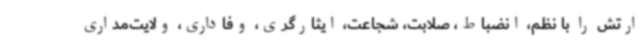
ارتش را با نظم، انضباط، صلابت، شجاعت، ایثارگری، وفاداری، ولایت‌مداری